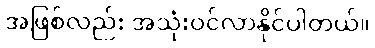
အဖြစ်လည်း အသုံးဝင်လာနိုင်ပါတယ်။